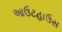
આઉટહાઉસ